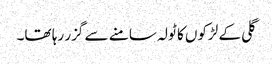
گلی کے لڑکوں کا ٹولہ سامنے سے گزر رہا تھا۔